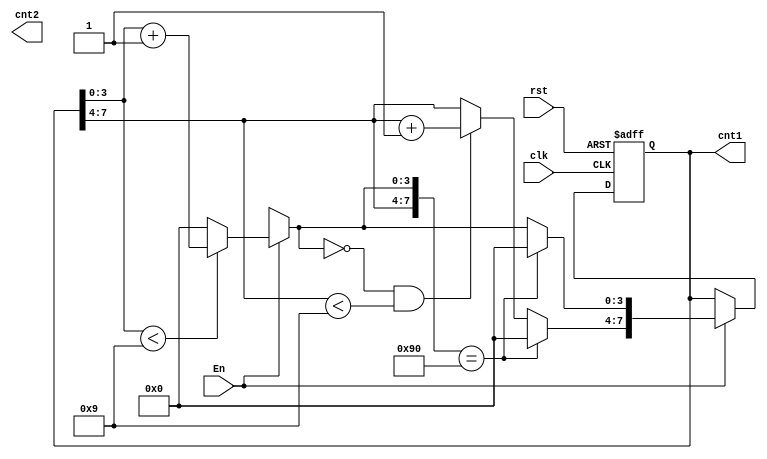
`timescale 1ns / 10ps
//////////////////////////////////////////////////////////////////////////////////
// Company: 
// Engineer: 
// 
// Design Name: 
// Module Name: up_counter
// Project Name: 
// Target Devices: 
// Tool Versions: 
// Description: 
// 
// Dependencies: 
// 
// Revision:
// Revision 0.01 - File Created
// Additional Comments:
// 
//////////////////////////////////////////////////////////////////////////////////


module up_counter
//#(parameter Digits =2 , Bits = Digits**2)
//(parameter Digits = 2)
    (
    input clk, rst,
    input En,
    output wire [7:0] cnt1,cnt2
    
    );
    reg [7:0] tmp1=0;
    //reg [7:0] tmp2=0;
    wire [13:0] cnt;
    
    
    
    genvar i;
    generate
    for(i=1 ;i <2 ; i=i+1)
    begin
            always@(posedge clk or posedge rst)
            begin
                
                    if(rst)
                        begin
                            tmp1[7*i:0] = 8'b00000000;
                        end
                    else if(En)
                        begin
                            if(tmp1[3*i:0] < 4'd9)
                                tmp1[3*i:0] = tmp1[3*i:0]+1;
                            else
                                tmp1[3*i:0] = 4'd0;
                                
                            
                            if(tmp1[7*i:0] == 8'b1001_0000)
                                begin
                                
                                    tmp1[7*i:0] = 8'b0000_0000;
                                end
                            else if(tmp1[3*i:0] == 4'd0 && tmp1[7*i:4*i] < 4'd9)
                                begin
                                   tmp1[7*i:4*i] = tmp1[7*i:4*i]+1;
                                end
                        end
                        
                    else
                        begin
                            tmp1[7*i:0] = tmp1[7*i:0];
                            
                        end
             end
        end     
  endgenerate
           assign cnt1[3:0] = tmp1[3:0];
           assign cnt1[7:4] = tmp1[7:4];
          
endmodule
 //begin
               /*if(Ud==4'd0)
                    tmp <=4'd9;//
               
               else
                    tmp <= 4'd0;
               
           end
        else
           begin
               if(Ud)*/
                   /*begin
                       if(tmp > 4'd0 && En==1)
                           tmp <= tmp-1;
                       else 
                           tmp <= 4'd9;
                   end  */